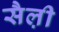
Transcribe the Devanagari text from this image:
सैल़ी